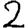
Digit: 2